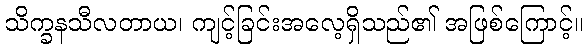
သိက္ခနသီလတာယ၊ ကျင့်ခြင်းအလေ့ရှိသည်၏ အဖြစ်ကြောင့်။